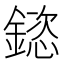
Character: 𮢯